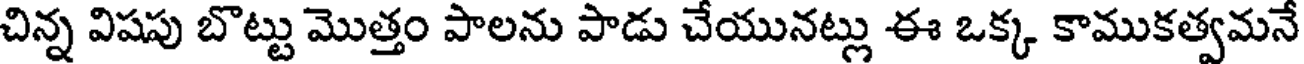
చిన్న విషపు బొట్టు మొత్తం పాలను పాడు చేయునట్లు ఈ ఒక్క కాముకత్వమనే